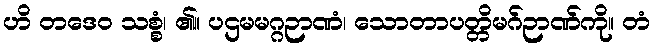
ဟိ တဒေဝ သစ္စံ၊ ၏။ ပဌမမဂ္ဂဉာဏံ၊ သောတာပတ္တိမဂ်ဉာဏ်ကို။ တံ